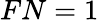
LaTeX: FN=1